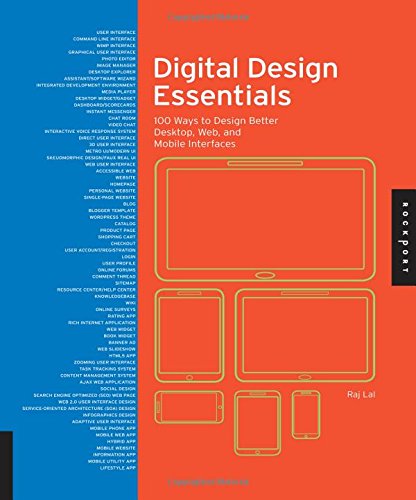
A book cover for Digital Design Essentials: 100 Ways to Design Better Desktop, Web, and Mobile Interfaces; Rajesh Lal; Computers & Technology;